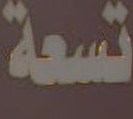
تسعة